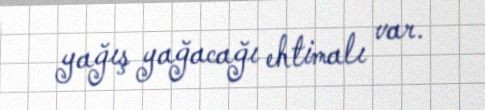
yağış yağacağı ehtimalı var.